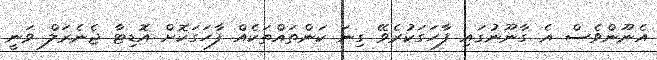
އެނޫންވެސް އެ ގާނޫނުގައި ފާހަގަކުރެވޭ ގިނަ ކަންތައްތަކެއް ފާހަގަކޮށް އޮޑިޓާ ޖެނެރަލް ވަނީ